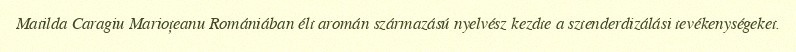
Matilda Caragiu Marioțeanu Romániában élt aromán származású nyelvész kezdte a sztenderdizálási tevékenységeket.